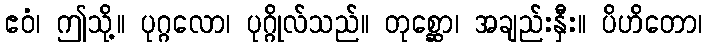
ဧဝံ၊ ဤသို့။ ပုဂ္ဂလော၊ ပုဂ္ဂိုလ်သည်။ တုစ္ဆော၊ အချည်းနှီး။ ပိဟိတော၊